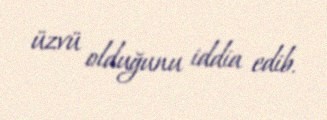
üzvü olduğunu iddia edib.